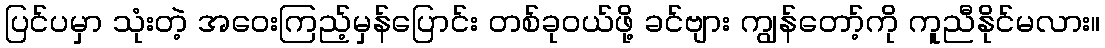
ပြင်ပမှာ သုံးတဲ့ အဝေးကြည့်မှန်ပြောင်း တစ်ခုဝယ်ဖို့ ခင်ဗျား ကျွန်တော့်ကို ကူညီနိုင်မလား။